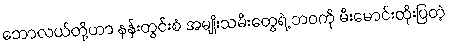
ဘောလယ်တို့ဟာ နန်းတွင်းစံ အမျိုးသမီးတွေရဲ့ ဘဝကို မီးမောင်းထိုးပြတဲ့